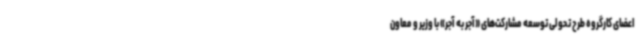
اعضای کارگروه طرح تحولی توسعه مشارکت‌های «آجر به آجر» با وزیر و معاون